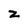
Character: z